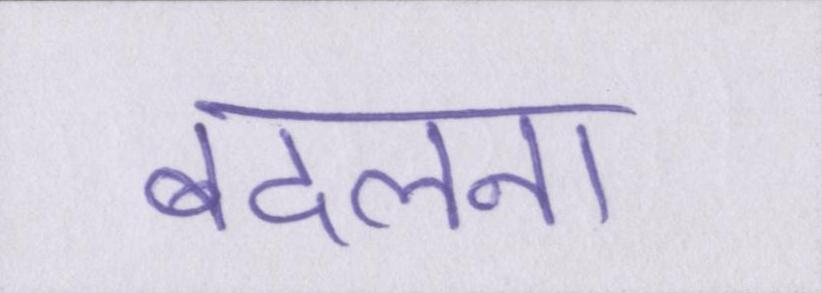
बदलना